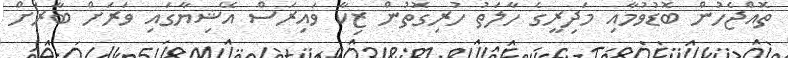
ތޮއްޖެހުން ބޮޑުވުމާއި މަދިރީގެ ހާލަތު ހުރިގޮތުން ޒިކާ ވައިރަސް އޭޝިޔާގައި ވަރަށް ބާރަށް